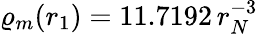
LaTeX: \varrho_{m}(r_{1})=11.7192\, r_{N}^{-3}